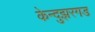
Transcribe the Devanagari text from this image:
केन्दुझरगड